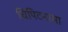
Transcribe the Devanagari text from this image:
चिपिटनासा